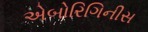
એબોરિગિનીસ